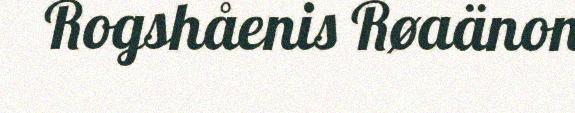
Rogshåenis Røaänon